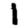
Digit: 1